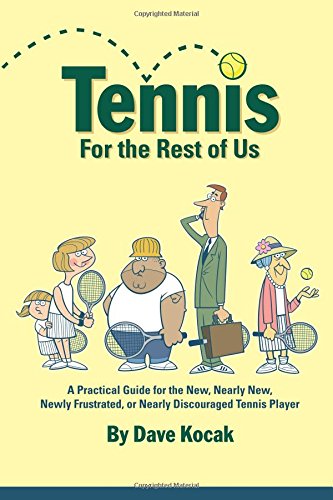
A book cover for Tennis For The Rest Of Us: A Practical Guide For The New, Nearly New, Newly Frustrated Or Nearly Discouraged Tennis Player; Dave Kocak; Sports & Outdoors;